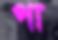
পা